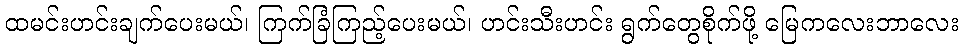
ထမင်းဟင်းချက်ပေးမယ်၊ ကြက်ခြံကြည့်ပေးမယ်၊ ဟင်းသီးဟင်း ရွက်တွေစိုက်ဖို့ မြေကလေးဘာလေး